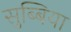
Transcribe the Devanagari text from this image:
सुब्बिया